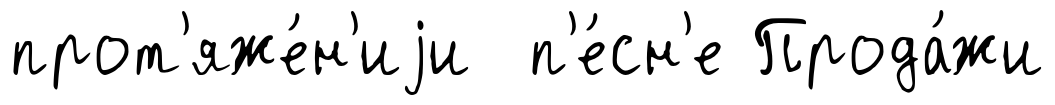
прот'яже́н'иjи п'е́сн'е Прода́жи